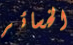
الخسائر